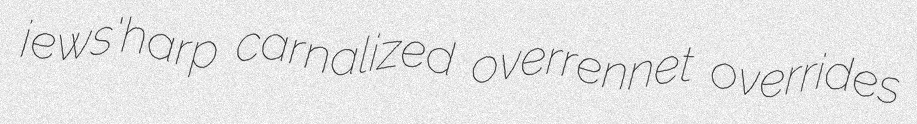
jews'harp carnalized overrennet overrides